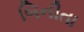
બિનીતા